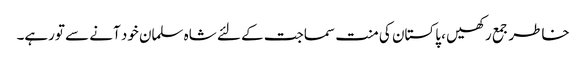
خاطر جمع رکھیں ، پاکستان کی منت سماجت کے لئے شاہ سلمان خود آنے سے تورہے۔